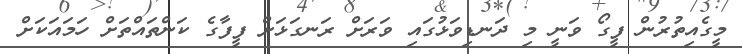
މީގެއިތުރުން ފީގޯ ވަނީ މި ދަނޑިވަޅުގައި ވަރަށް ރަނގަޅަށް ފީފާގެ ކަންތައްތަށް ހަމައަކަށް